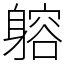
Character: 𨉷